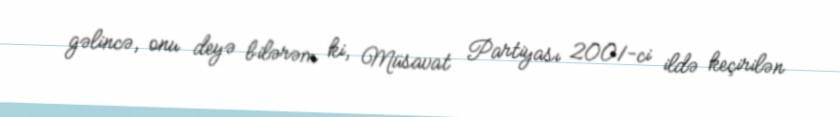
gəlincə, onu deyə bilərəm ki, Müsavat Partiyası 2001-ci ildə keçirilən